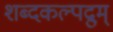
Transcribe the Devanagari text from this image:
शब्दकल्पद्रुम्